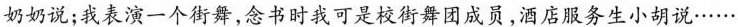
奶奶说；我表演一个街舞，念书时我可是校街舞团成员，酒店服务生小胡说……